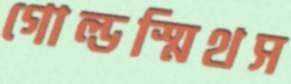
গোল্ডস্মিথস